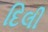
દિલી